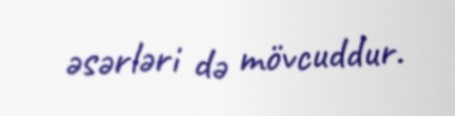
əsərləri də mövcuddur.